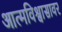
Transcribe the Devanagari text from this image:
आत्मविश्वासावर